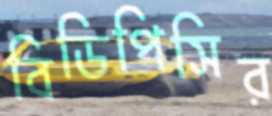
বিডিপিসির